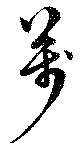
万